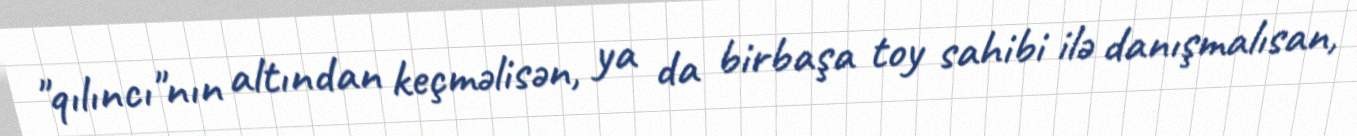
"qılıncı"nın altından keçməlisən, ya da birbaşa toy sahibi ilə danışmalısan,